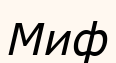
Миф